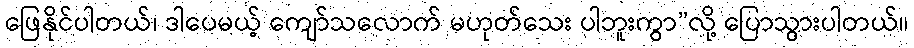
ဖြေနိုင်ပါတယ်၊ ဒါပေမယ့် ကျော်သလောက် မဟုတ်သေး ပါဘူးကွာ”လို့ ပြောသွားပါတယ်။